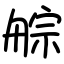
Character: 䑸